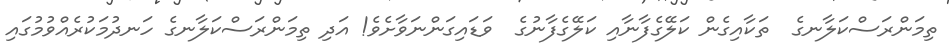
ތިމަންރަސްކަލާނގެ  ތަކާއިގެން ކަލޭގެފާނާއި ކަލޭގެފާނުގެ  ވަޑައިގަންނަވާށެވެ! އަދި ތިމަންރަސްކަލާނގެ ހަނދުމަކުރެއްވުމުގައި